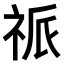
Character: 𥙎